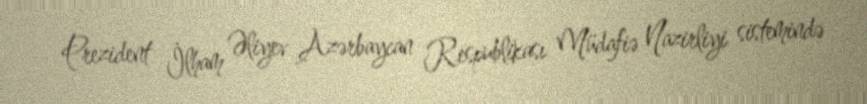
Prezident İlham Əliyev Azərbaycan Respublikası Müdafiə Nazirliyi sistemində